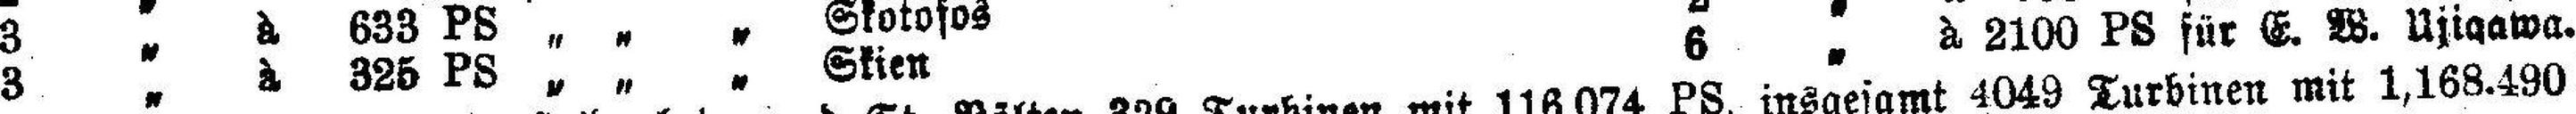
3 „ à 325 PS „ „ „ Ekien 6 „ à 2100 PS für E. W. Ujigawa.